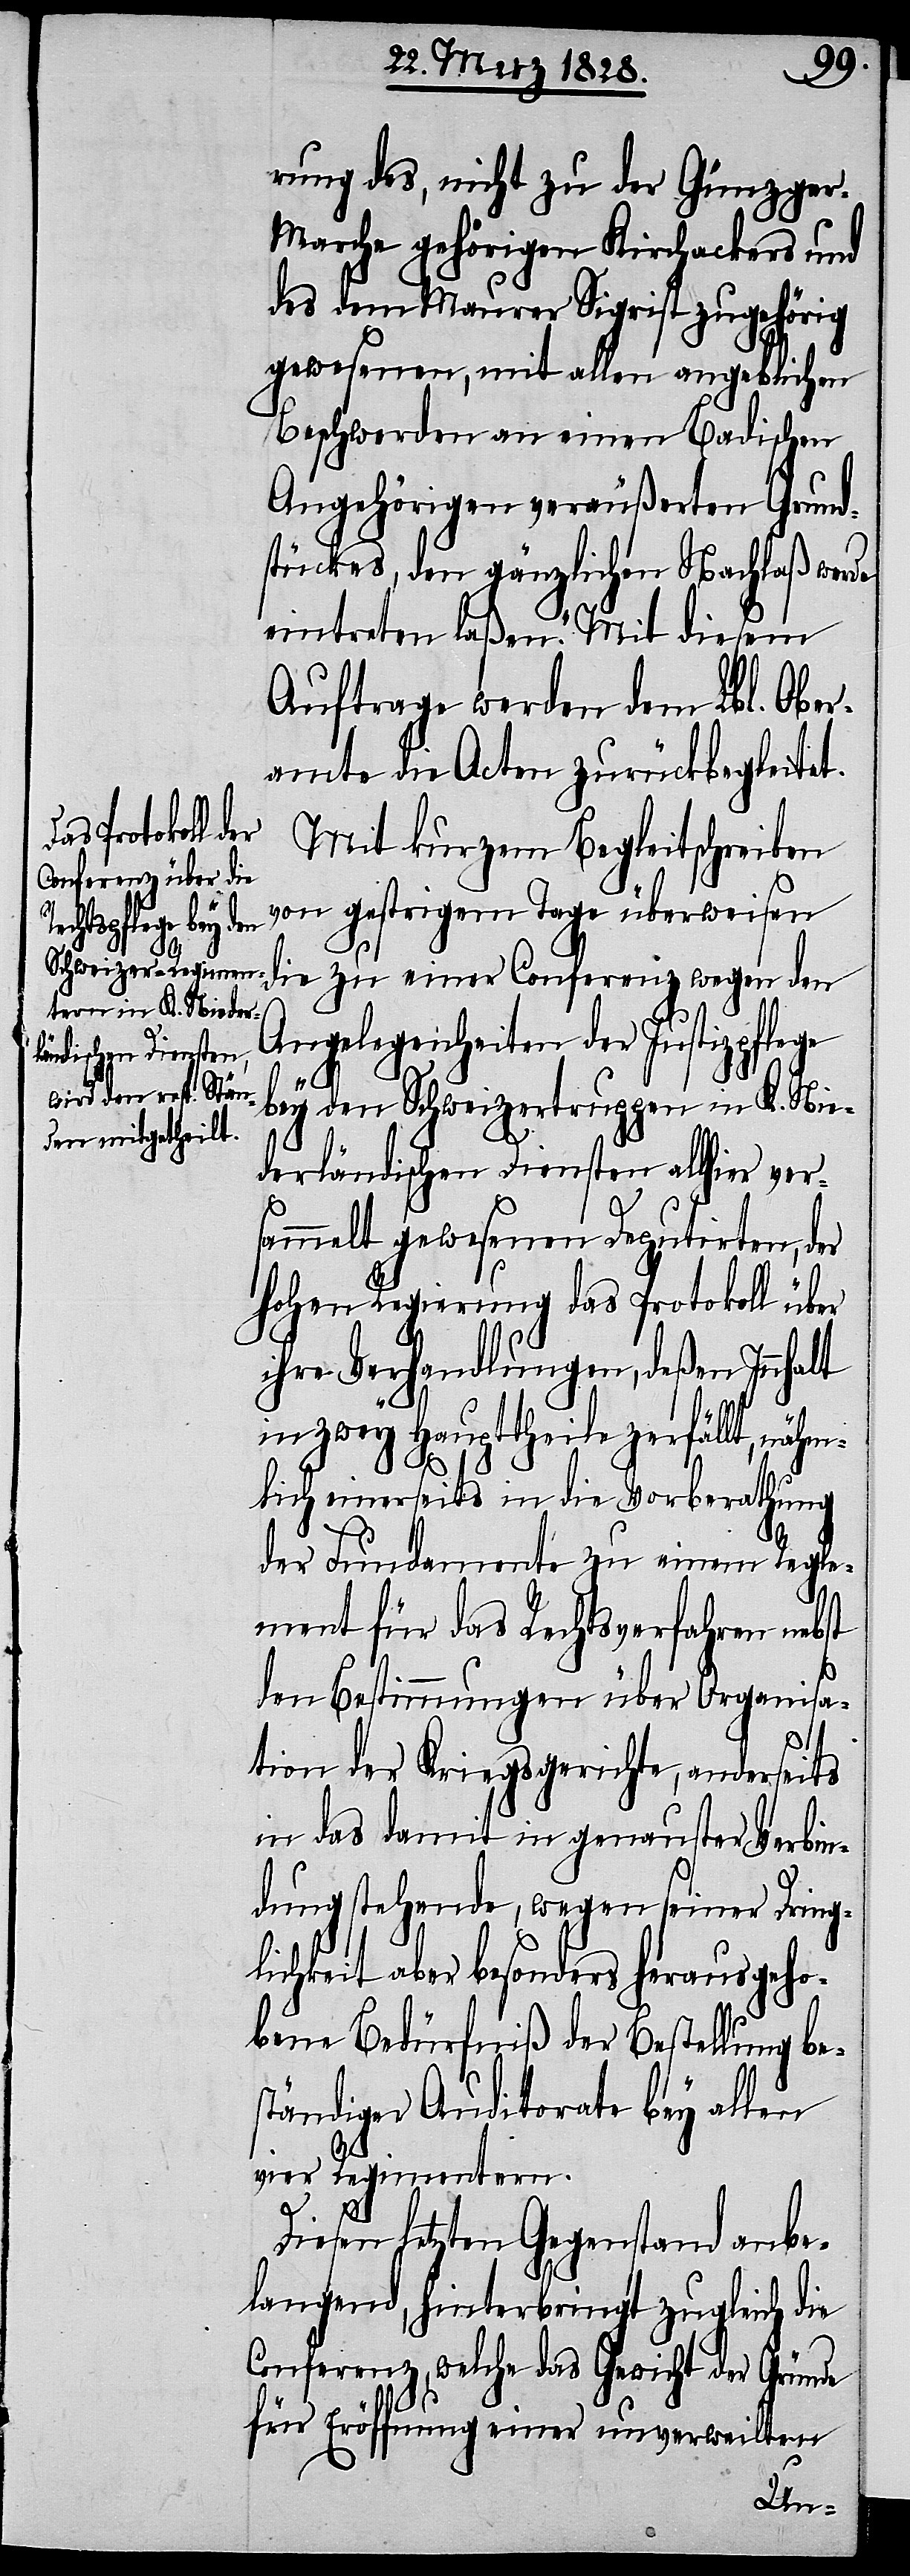
rung des, nicht zu der Günzger-M¬
arche gehörigen Kirchackers und
das dem Maurer Sigrist zugehörig
gewesenen, mit allen angeblichen
Beschwerden an einen Badischen
Angehörigen veräußerten Grund¬
stückes, den gänzlichen Nachlaß werde
eintreten laßen.“ Mit diesem
Auftrage werde dem Lbl. Ober¬
amte die Acten zurückbegleitet.
Mit kurzem Begleitschreiben
von gestrigem Tage überweisen
die zu einer Conferenz wegen den
Angelegenheiten der Justizpflege
alt
bey den Schweizertruppen in K. Nie¬
derländischen Diensten allhier ver¬
sammelt gewesenen Deputirten, der
hohen Regierung das Protokoll über
ihre Verhandlungen, deßen Innh¬
in zwey Haupttheile zerfällt, nähm¬
lich einerseits in die Vorberathung
der Fundamente zu einem Regle¬
ment für das Rechtsverfahren nebst
den Bestimmungen über Organisa¬
tion der Kriegsgerichte, anderseits
in das damit in genauster Verbin¬
dung stehende, wegen seiner Dring¬
lichkeit aber besonders herausgeho¬
bene Bedürfniß der Bestellung be¬
ständiger Auditorate bey allen
vier Regimentern.
Diesen letzten Gegenstand anbe¬
langend, hinterbringt zugleich die
Conferenz, welche das Gewicht der Gründe
für Eröffnung einer unverweilten